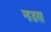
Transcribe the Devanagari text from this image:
नाडय़ा